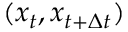
( x _ { t } , x _ { t + \Delta t } )